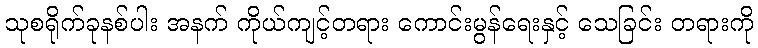
သုစရိုက်ခုနစ်ပါး အနက် ကိုယ်ကျင့်တရား ကောင်းမွန်ရေးနှင့် သေခြင်း တရားကို